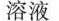
溶液